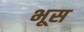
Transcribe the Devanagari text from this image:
भूस